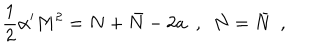
\frac { 1 } { 2 } \alpha ^ { \prime } M ^ { 2 } = N + \bar { N } - 2 a \ \ , \ \ N = \bar { N } \ \ ,